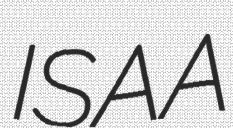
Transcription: ISAA